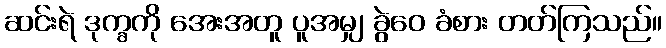
ဆင်းရဲ ဒုက္ခကို အေးအတူ ပူအမျှ ခွဲဝေ ခံစား တတ်ကြသည်။